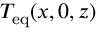
T _ { \mathrm { e q } } ( x , 0 , z )